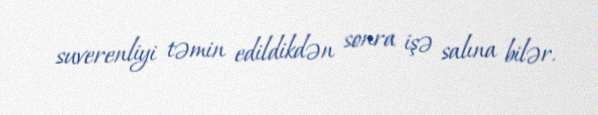
suverenliyi təmin edildikdən sonra işə salına bilər.